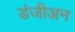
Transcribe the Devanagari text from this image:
डंजीअन